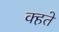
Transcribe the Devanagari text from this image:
क्हते